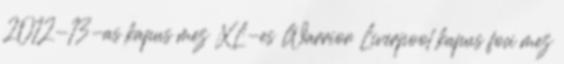
2012-13-as kapus mez XL-es Warrior Liverpool kapus foci mez